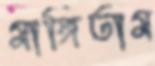
মাঙ্গিতাম